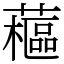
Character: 藲